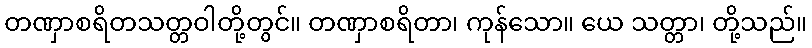
တဏှာစရိတသတ္တဝါတို့တွင်။ တဏှာစရိတာ၊ ကုန်သော။ ယေ သတ္တာ၊ တို့သည်။